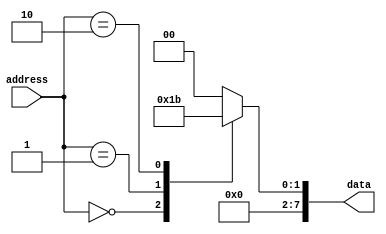
module ROM(
    input [7:0] address,
    output reg [7:0] data
);

always @(*)
begin
    case(address)
        8'b00000000: data = 8'b00000001;
        8'b00000001: data = 8'b00000010;
        8'b00000010: data = 8'b00000011;
        // Continue adding cases for each address location and corresponding data output
        default: data = 8'b00000000; // default data output if address is not specified
    endcase
end

endmodule